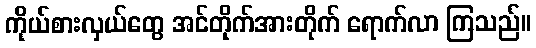
ကိုယ်စားလှယ်တွေ အင်တိုက်အားတိုက် ရောက်လာ ကြသည်။